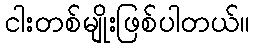
ငါးတစ်မျိုးဖြစ်ပါတယ်။